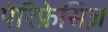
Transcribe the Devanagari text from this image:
पेरिफ्रेसिज़